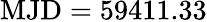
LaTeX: \mathrm{MJD}=59411.33